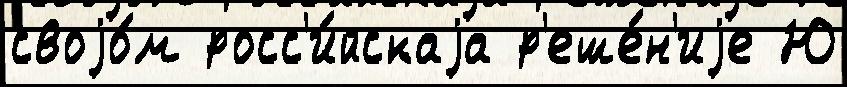
своjо́м росс'и́йскаjа р'еше́н'иjе Ю